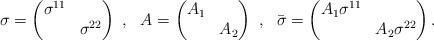
LaTeX: \begin{align*} \sigma= \begin{pmatrix} \sigma^{11} & \\& \sigma^{22} \end{pmatrix} \ , \ \ A= \begin{pmatrix}{ A_1} & \\& { A_2} \end{pmatrix} \ , \ \ \bar\sigma= \begin{pmatrix} { A_1} \sigma^{11} & \\&{ A_2}\sigma^{22} \end{pmatrix}. \end{align*}